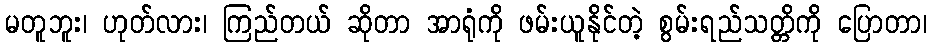
မတူဘူး၊ ဟုတ်လား၊ ကြည်တယ် ဆိုတာ အာရုံကို ဖမ်းယူနိုင်တဲ့ စွမ်းရည်သတ္တိကို ပြောတာ၊